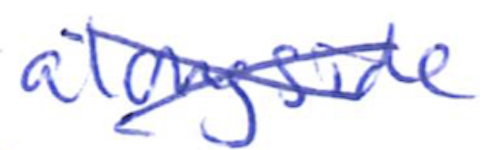
Text: alongside
Cross-out: cross
Writing tool: ballpoint